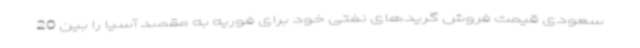
سعودی قیمت فروش گریدهای نفتی خود برای فوریه به مقصد آسیا را بین 20